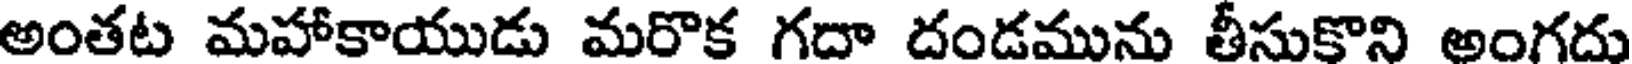
అంతట మహాకాయుడు మరొక గదా దండమును తీసుకొని అంగదు